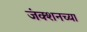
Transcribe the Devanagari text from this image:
जंक्शनच्या